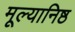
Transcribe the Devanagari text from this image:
मूल्यानिष्ठ